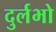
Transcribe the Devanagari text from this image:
दुर्लभो